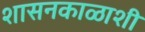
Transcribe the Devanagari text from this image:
शासनकाळाशी